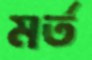
মর্ত